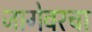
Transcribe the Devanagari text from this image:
जागेवरचा